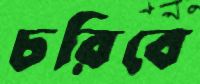
চরিবে